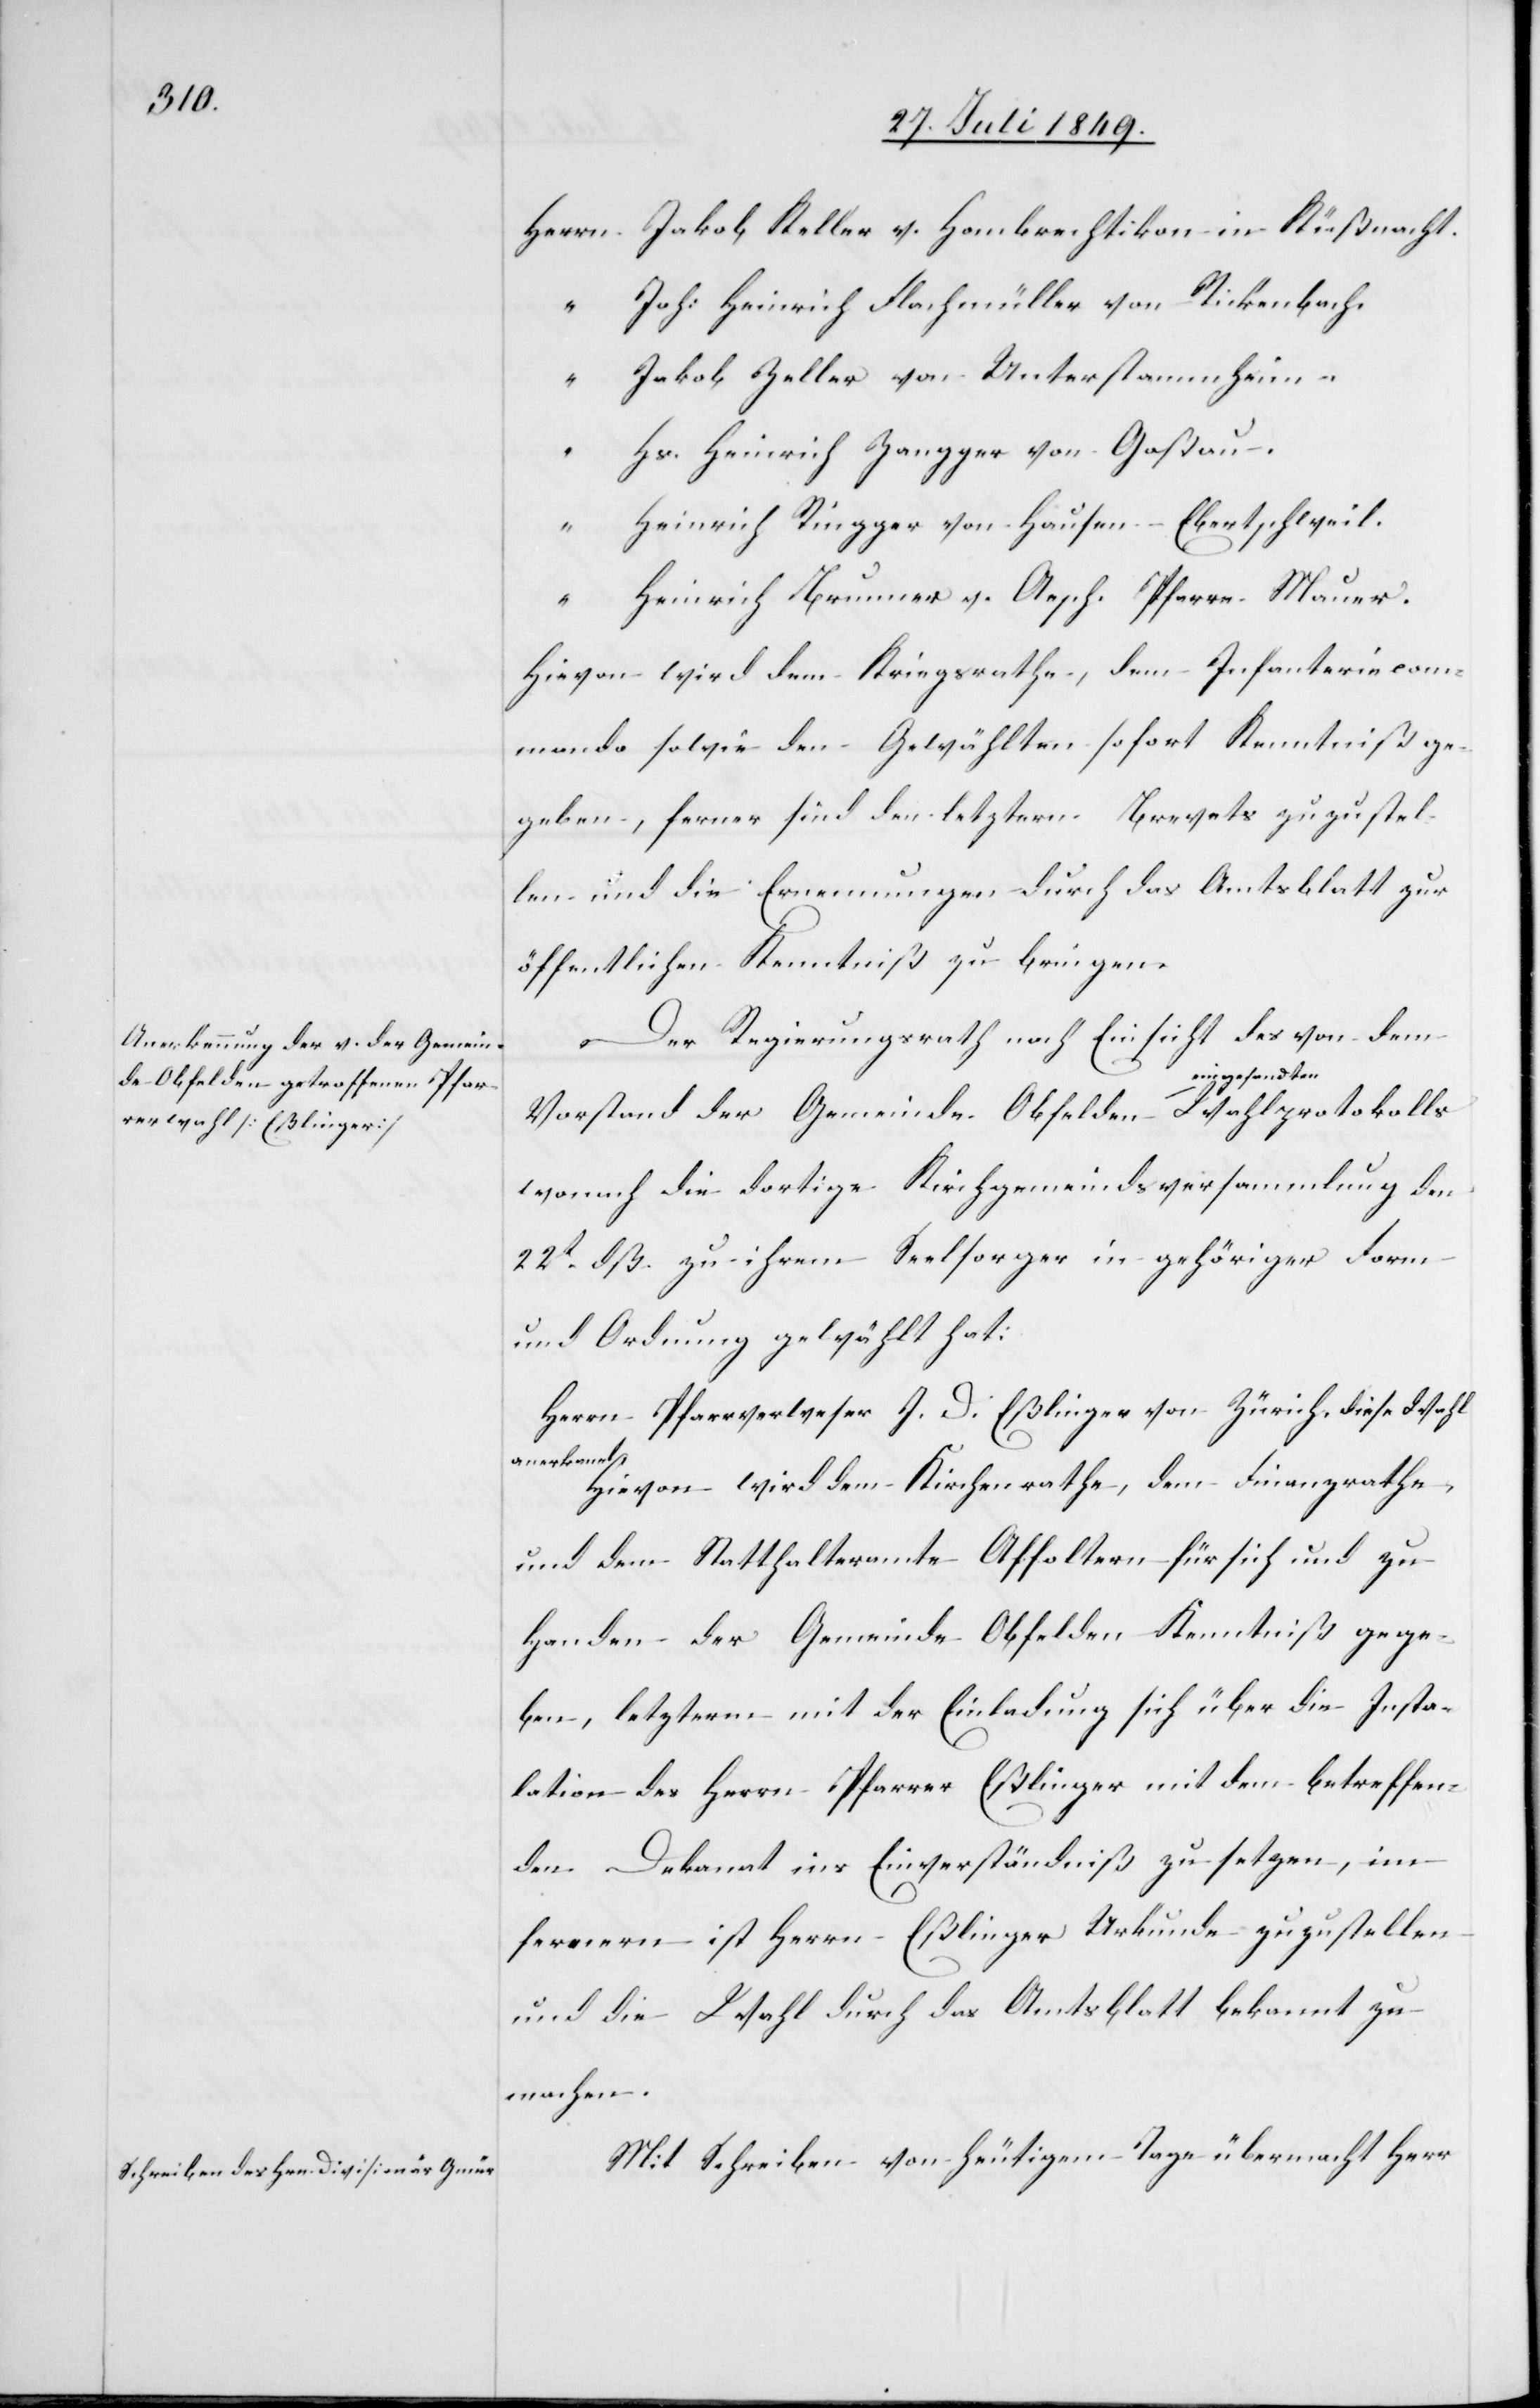
Herrn	Jakob Keller v. Hombrechtikon in Küßnacht.
“	Joh: Heinrich Flachmüller von Rickenbach.
“	Jakob Zeller von Unterstammheim.
“	Hs. Heinrich Zangger von Goßau.
“	Heinrich Ringger von Hausen-Ebertschweil.
“	Heinrich Brunner v. Aesch, Pfarre Mauer.
Hievon wird dem Kriegsrathe, dem Infanteriecom¬
mando sowie den Gewählten sofort Kenntniß ge¬
geben, ferner sind den letztern Brevets zuzustel¬
len und die Ernennungen durch das Amtsblatt zur
öffentlichen Kenntniß zu bringen.
Der Regierungsrath nach Einsicht des von dem
Vorstand der Gemeinde Obfelden a-eingesandten-a
wonach die dortige Kirchgemeindsversammlung den
22t dß. zu ihrem Seelsorger in gehöriger Form
und Ordnung gewählt hat:
Herrn Pfarrverweser J. D. Eßlinger von Zürich, diese Wahl
anerkannt.
Hievon wird dem Kirchenrathe, dem Finanzrathe,
und dem Statthalteramte Affoltern für sich und zu
Handen der Gemeinde Obfelden Kenntniß gege¬
ben, letzterm mit der Einladung sich über die Instal¬
lation des Herrn Pfarrer Eßlinger mit dem betreffen¬
den Dekanat ins Einverständniß zu setzen, im
fernern ist Herrn Eßlinger Urkunde zuzustellen
und die Wahl durch das Amtsblatt bekannt zu
machen.
Mit Schreiben von heutigem Tage übermacht Herr